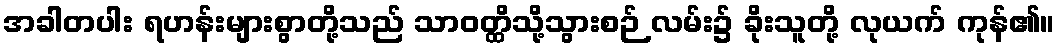
အခါတပါး ရဟန်းများစွာတို့သည် သာဝတ္ထိသို့သွားစဉ် လမ်း၌ ခိုးသူတို့ လုယက် ကုန်၏။